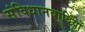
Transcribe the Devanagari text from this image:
संविधानवादियों